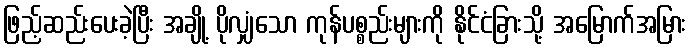
ဖြည့်ဆည်းပေးခဲ့ပြီး အချို့ ပိုလျှံသော ကုန်ပစ္စည်းများကို နိုင်ငံခြားသို့ အမြောက်အမြား